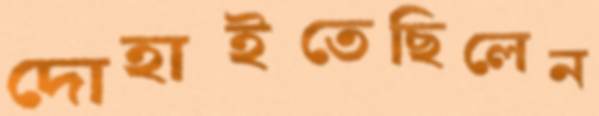
দোহাইতেছিলেন